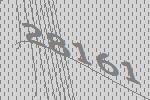
28161